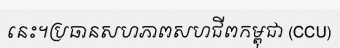
នេះ។ប្រធានសហភាពសហជីពកម្ពុជា (CCU)